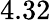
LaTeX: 4.32